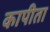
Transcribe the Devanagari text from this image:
कापीता